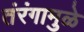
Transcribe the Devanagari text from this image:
तंरंगामुळे